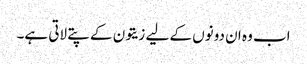
اب وہ ان دونوں کے لیے زیتون کے پتے لاتی ہے۔